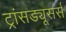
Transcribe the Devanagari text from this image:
ट्रांसड्यूसर्स